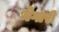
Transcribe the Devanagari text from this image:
भेगारी